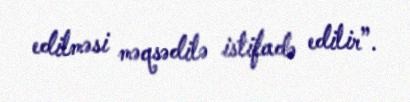
edilməsi məqsədilə istifadə edilir”.